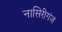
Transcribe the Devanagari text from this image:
नासिरीगंज